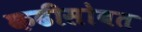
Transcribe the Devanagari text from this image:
कढीसोबत